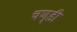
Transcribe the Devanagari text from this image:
चण्‍डी